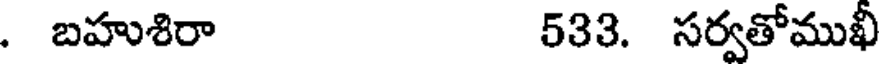
. బహుశిరా 533. సర్వతోముఖీ